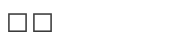
٣٧